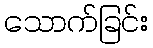
သောက်ခြင်း